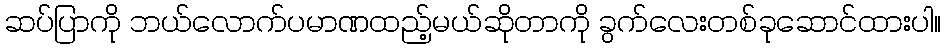
ဆပ်ပြာကို ဘယ်လောက်ပမာဏထည့်မယ်ဆိုတာကို ခွက်လေးတစ်ခုဆောင်ထားပါ။